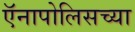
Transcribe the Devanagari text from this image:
ऍनापोलिसच्या